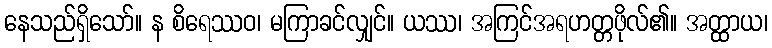
နေသည်ရှိသော်။ န စိရေဿဝ၊ မကြာခင်လျှင်။ ယဿ၊ အကြင်အရဟတ္တဖိုလ်၏။ အတ္ထာယ၊